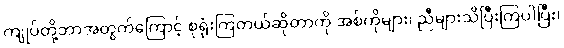
ကျုပ်တို့ဘာအတွက်ကြောင့် စုရုံးကြတယ်ဆိုတာကို အစ်ကိုများ၊ ညီများသိပြီးကြပါပြီး၊